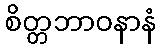
စိတ္တဘာဝနာနံ